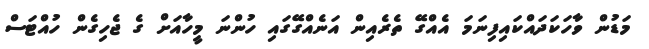
މަޑުން ވާހަކަދައްކައިފިނަމަ އެއްގޭ ތެރެއިން އަނެއްގޭގައި ހުންނަ މީހާއަށް ގެ ޖެހިގެން ހުއްޓަސް